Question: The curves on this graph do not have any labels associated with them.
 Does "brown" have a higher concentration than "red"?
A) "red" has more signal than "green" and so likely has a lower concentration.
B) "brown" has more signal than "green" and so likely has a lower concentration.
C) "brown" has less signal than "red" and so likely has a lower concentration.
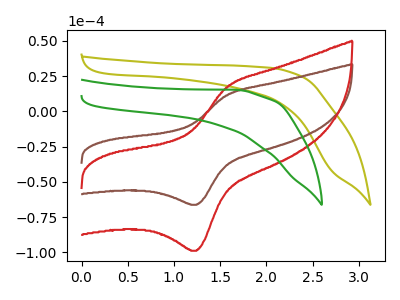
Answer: <think>The olive curve "olive" has no peaks. The brown curve "brown" has an anodic peak at (1.55V, 11.35uA) and a cathodic peak at (1.25V, -66.20uA). The red curve "red" has an anodic peak at (1.55V, 16.95uA) and a cathodic peak at (1.25V, -98.80uA). The green curve "green" has no peaks.
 All the peaks in "brown" have a peak in "red" at the same potential. Every peak in "brown" is lower than every peak in "red".</think>
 <answer>C) "brown" has less signal than "red" and so likely has a lower concentration.</answer>
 <eval>C</eval>